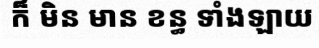
ក៏ មិន មាន ខន្ធ ទាំងឡាយ